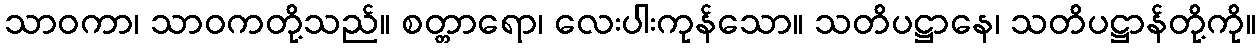
သာဝကာ၊ သာဝကတို့သည်။ စတ္တာရော၊ လေးပါးကုန်သော။ သတိပဋ္ဌာနေ၊ သတိပဋ္ဌာန်တို့ကို။